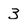
Character: 3